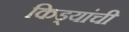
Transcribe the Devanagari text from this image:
किड्यांची